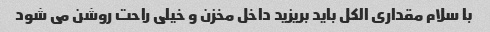
با سلام مقداری الکل باید بریزید داخل مخزن و خیلی راحت روشن می شود